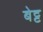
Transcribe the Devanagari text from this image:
बेट्ट